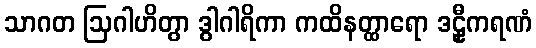
သာဂတ ဩဂါဟိတွာ ဒွါဂါရိကာ ကထိနတ္ထာရော ဒဠှီကရဏံ